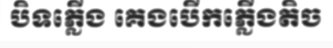
បិទភ្លើង គេងបើកភ្លើងតិច